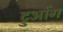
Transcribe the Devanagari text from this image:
ट्रुओंग